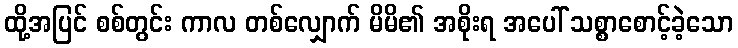
ထို့အပြင် စစ်တွင်း ကာလ တစ်လျှောက် မိမိ၏ အစိုးရ အပေါ် သစ္စာစောင့်ခဲ့သော